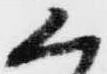
く